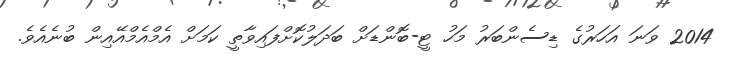
2014 ވަނަ އަހަރުގެ ޑިސެންބަރު މަހު ޓީ-ބޮންޑަށް ބަދަލުކޮށްފައިވާތީ ކަމަށް އެމްއެމްއޭއިން ބުނެއެވެ.